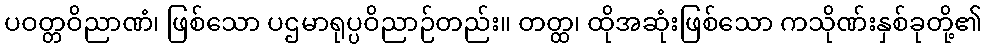
ပဝတ္တဝိညာဏံ၊ ဖြစ်သော ပဌမာရုပ္ပဝိညာဉ်တည်း။ တတ္ထ၊ ထိုအဆုံးဖြစ်သော ကသိုဏ်းနှစ်ခုတို့၏